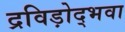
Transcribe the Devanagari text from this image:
द्रविड़ोद्भवा